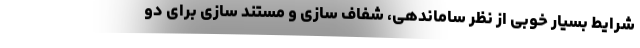
شرایط بسیار خوبی از نظر ساماندهی، شفاف سازی و مستند سازی برای دو